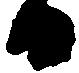
日